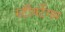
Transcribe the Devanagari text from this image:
स्टीयर्टेगम